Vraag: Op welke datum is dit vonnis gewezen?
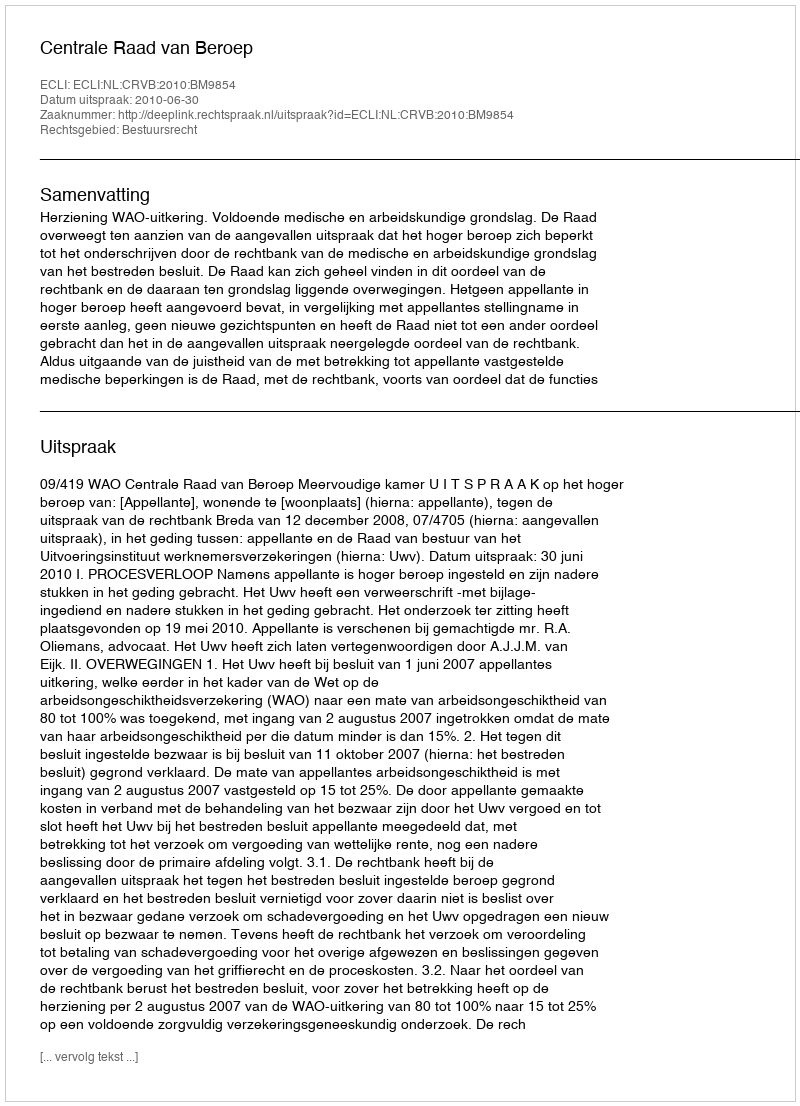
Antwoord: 2010-06-30